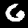
Label: 6